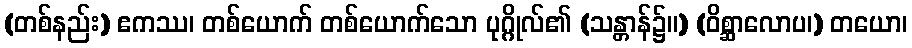
(တစ်နည်း) ဧကဿ၊ တစ်ယောက် တစ်ယောက်သော ပုဂ္ဂိုလ်၏ (သန္တာန်၌။) (ဝိစ္ဆာလောပ၊) တယော၊